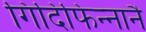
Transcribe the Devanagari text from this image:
गिदिंफिन्‍नानै